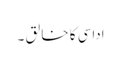
اداسی کا خا لق ۔